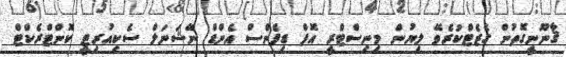
ޤާނޫނީގޮތުން ގެޒެޓްކުރެވޭ ލިޔުން މިނިސްޓްރީ އޮފް ޑިފެންސް އެންޑް ނޭޝަނަލް ސެކިއުރިޓީ ކޮންޓްރެކްޓް